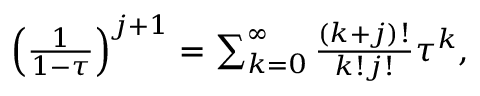
\begin{array} { r } { \left( \frac { 1 } { 1 - \tau } \right) ^ { j + 1 } = \sum _ { k = 0 } ^ { \infty } \frac { ( k + j ) ! } { k ! j ! } \tau ^ { k } , } \end{array}